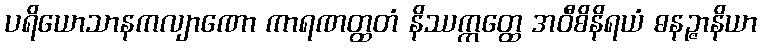
ပရိယောသာနကလျာဏော ကာရဏတ္ထတံ နိဿက္ကတ္ထေ အဝီစိနိရယံ ဓနဉ္ဇာနိယာ